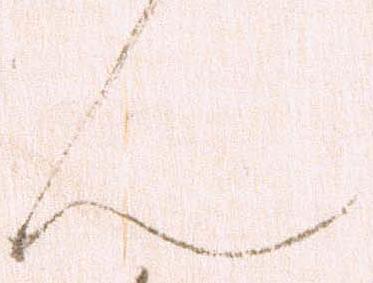
ん